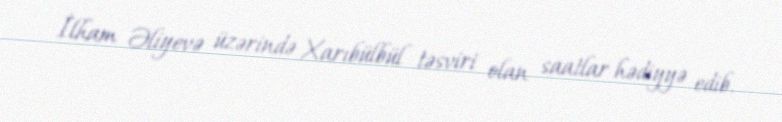
İlham Əliyevə üzərində Xarıbülbül təsviri olan saatlar hədiyyə edib.